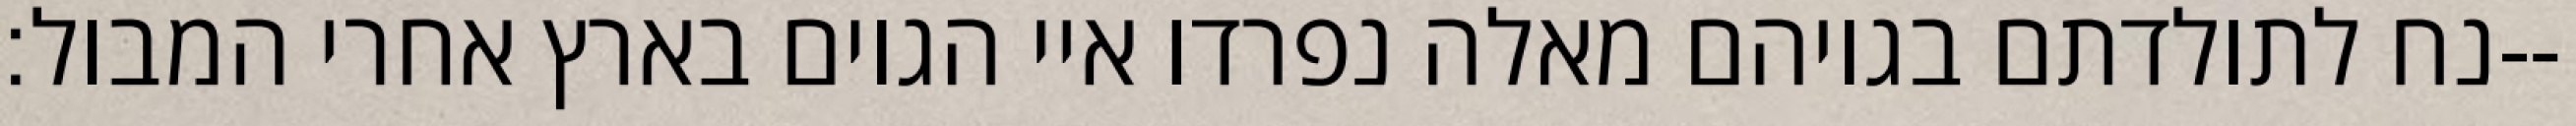
נח לתולדתם בגויהם מאלה נפרדו איי הגוים בארץ אחרי המבול׃--